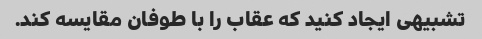
تشبیهی ایجاد کنید که عقاب را با طوفان مقایسه کند.